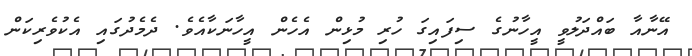
އޭނާއާ ބައްދަލުވީ އީހާނުގެ ސިފައިގަ ހުރި މުޅިން އެހެން އީހާނަކާއެވެ. ދެމެދުގައި އެކުވެރިކަން